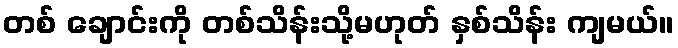
တစ် ချောင်းကို တစ်သိန်းသို့မဟုတ် နှစ်သိန်း ကျမယ်။